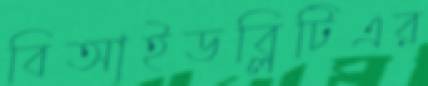
বিআইডব্লিটিএর